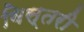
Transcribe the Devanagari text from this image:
बिस्तरी